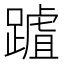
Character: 䠡